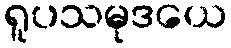
ရူပသမုဒယေ